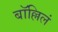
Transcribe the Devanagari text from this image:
बॉल्लिलं